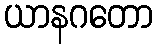
ယာနဂတော